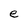
Character: e